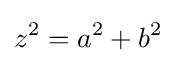
z^{2}=a^{2}+b^{2}